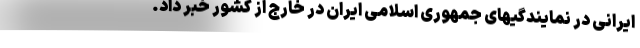
ایرانی در نمایندگیهای جمهوری اسلامی ایران در خارج از کشور خبر داد.